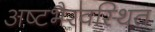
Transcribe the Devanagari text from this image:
अष्टभैरवस्थित